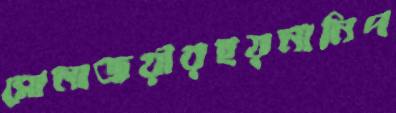
সোনাজয়ীরহয়নানিপ